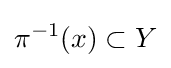
\pi ^{-1}(x)\subset Y